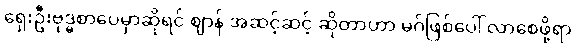
ရှေးဦးဗုဒ္ဓစာပေမှာဆိုရင် ဈာန် အဆင့်ဆင့် ဆိုတာဟာ မဂ်ဖြစ်ပေါ် လာစေဖို့ရာ